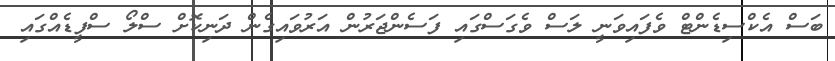
ބަސް އެކްސިޑެންޓް ވެފައިވަނީ ލަސް ވެގަސްގައި ފަސެންޖަރުން އަރުވައިގެން ދަނިކޮށް ސްލޯ ސްފީޑެއްގައި